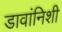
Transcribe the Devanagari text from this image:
डावांनिशी